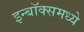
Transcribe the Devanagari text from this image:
इन्बॉक्समध्ये